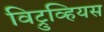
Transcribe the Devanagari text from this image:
विट्रुव्हियस